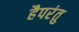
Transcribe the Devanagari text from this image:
हैपरंतु